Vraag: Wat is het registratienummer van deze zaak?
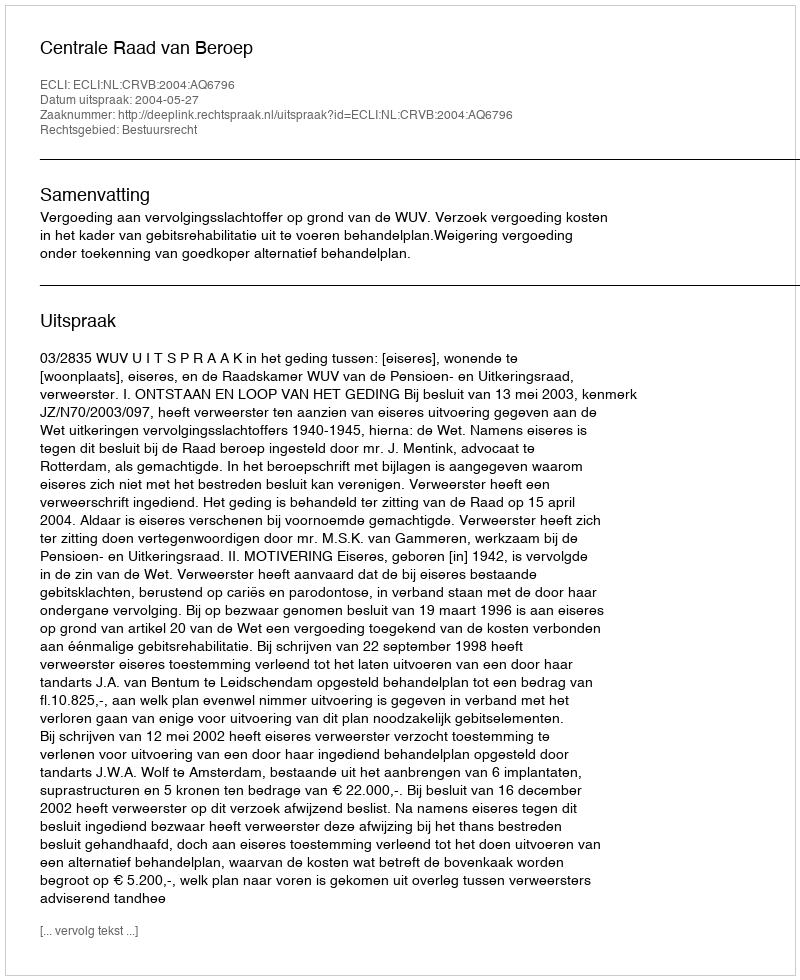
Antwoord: http://deeplink.rechtspraak.nl/uitspraak?id=ECLI:NL:CRVB:2004:AQ6796